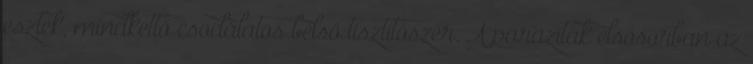
esztek, mindkettő csodálatos belső tisztítószer. A paraziták elsősorban az